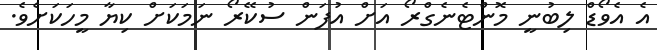
އެ އެވޯޑް ލިބުނީ މޮންޓެނެގްރޯ އަށް އުފަން ސުކޭރޯ ނަމަކަށް ކިޔާ މީހަކަށެވެ.